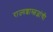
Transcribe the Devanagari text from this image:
राज्यशास्त्रज्ञांची